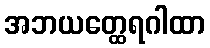
အဘယတ္ထေရဂါထာ